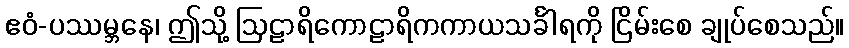
ဧဝံ-ပဿမ္ဘနေ၊ ဤသို့ ဩဠာရိကောဠာရိကကာယသင်္ခါရကို ငြိမ်းစေ ချုပ်စေသည်။